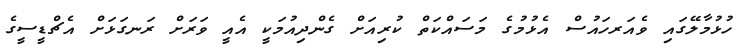
ހުޅުމާލޭގައި ވެއަރހައުސް އެޅުމުގެ މަސައްކަތް ކުރިއަށް ގެންދިއުމަކީ އެއީ ވަރަށް ރަނގަޅަށް އެޗްޑީސީގެ